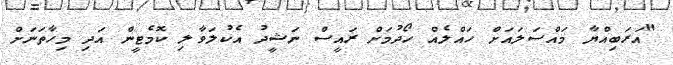
"އަރަބިއްޔާ މައްސަލައަށް ހައްލެއް ހޯދުމަށް ރައީސް ނަޝީދު އެކުލަވާލި ކޮމެޓީން އަދި މިހާތަނަށް